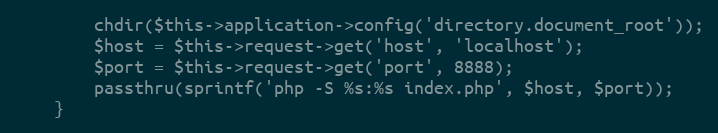
Language: PHP
        chdir($this->application->config('directory.document_root'));
        $host = $this->request->get('host', 'localhost');
        $port = $this->request->get('port', 8888);
        passthru(sprintf('php -S %s:%s index.php', $host, $port));
    }